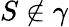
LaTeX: S\notin\gamma